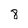
Character: 8